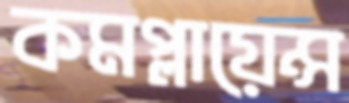
কমপ্লায়েন্স